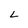
Character: L